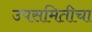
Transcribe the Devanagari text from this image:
उपसमितीचा